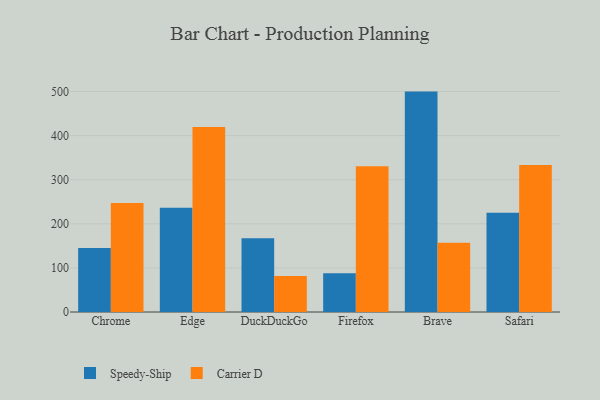
{"axis": {"x": "Browser", "y": "Net Income (USD K)"}, "legend": ["Carrier D", "Speedy-Ship"], "data": [{"x": "Chrome", "y": 145.1, "type": "Speedy-Ship"}, {"x": "Chrome", "y": 247.1, "type": "Carrier D"}, {"x": "Edge", "y": 236.2, "type": "Speedy-Ship"}, {"x": "Edge", "y": 419.7, "type": "Carrier D"}, {"x": "DuckDuckGo", "y": 167.4, "type": "Speedy-Ship"}, {"x": "DuckDuckGo", "y": 81.6, "type": "Carrier D"}, {"x": "Firefox", "y": 87.7, "type": "Speedy-Ship"}, {"x": "Firefox", "y": 330.3, "type": "Carrier D"}, {"x": "Brave", "y": 499.9, "type": "Speedy-Ship"}, {"x": "Brave", "y": 157.1, "type": "Carrier D"}, {"x": "Safari", "y": 225.2, "type": "Speedy-Ship"}, {"x": "Safari", "y": 333.2, "type": "Carrier D"}]}